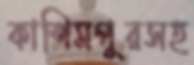
কাশিমপুরসহ